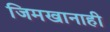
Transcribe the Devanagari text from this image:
जिमखानाही